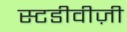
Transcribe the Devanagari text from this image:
स्टडीवीज़ी